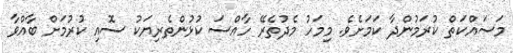
މަސައްކަތް ކުރަމުންދާ ކަމަށެވެ. މިމަހު މެދުތެރޭ ހާއްސަ ކުޅުންތެރިޔަކު ސޮއި ކުރުމަށް ބާއްވާ